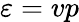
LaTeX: \varepsilon=vp